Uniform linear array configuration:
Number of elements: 32
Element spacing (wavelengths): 1
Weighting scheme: exponential
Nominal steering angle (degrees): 60
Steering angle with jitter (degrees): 58.869
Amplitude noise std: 0.05
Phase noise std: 0.05

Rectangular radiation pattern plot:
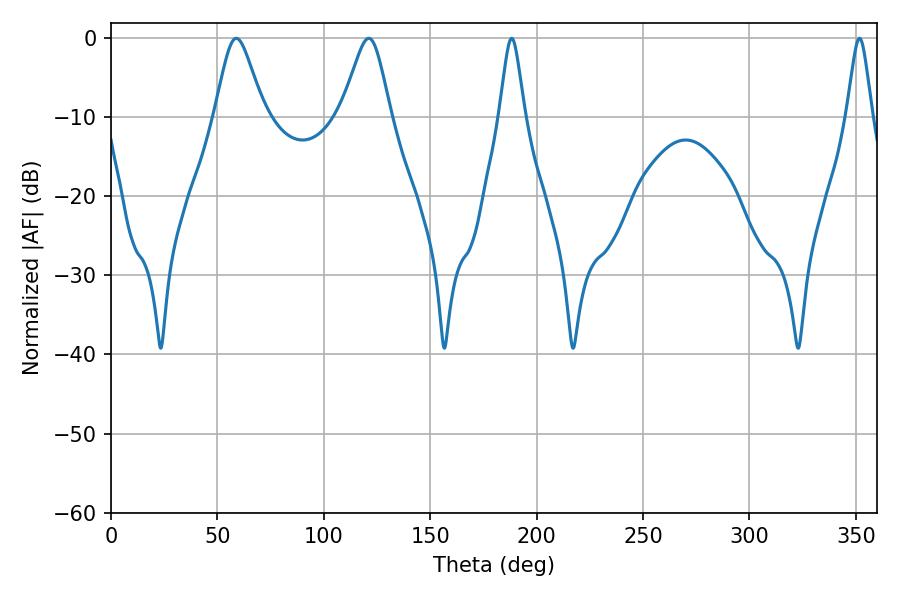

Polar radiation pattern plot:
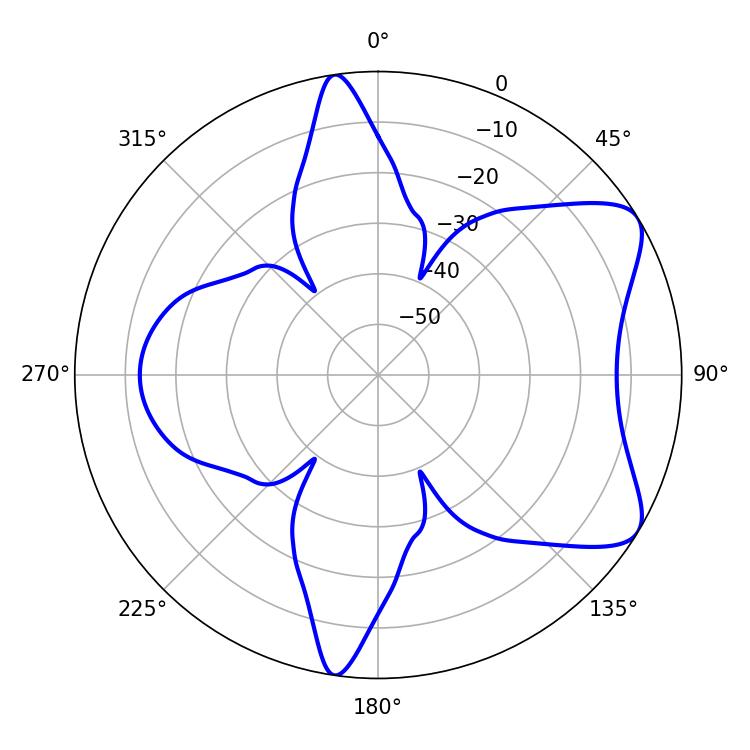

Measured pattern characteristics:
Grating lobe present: TRUE
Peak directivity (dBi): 7.326
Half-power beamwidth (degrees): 5.76
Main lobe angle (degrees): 188.28